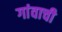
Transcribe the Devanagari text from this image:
गांवाची